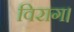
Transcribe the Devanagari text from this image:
विराग।